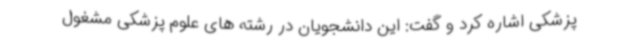
پزشکی اشاره کرد و گفت: این دانشجویان در رشته های علوم پزشکی مشغول